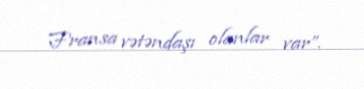
Fransa vətəndaşı olanlar var”.